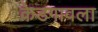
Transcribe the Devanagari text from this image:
केडगावला